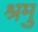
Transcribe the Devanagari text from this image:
श्रमु